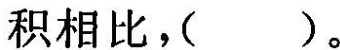
积相比，()。